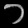
Digit: ၁